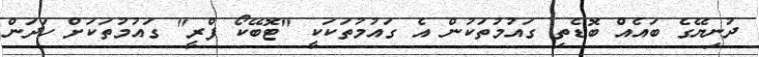
ދުނިޔޭގެ ބައެއް ބޮޑެތި ގައުމުތަކުން އެ ގައުމުތަކަކީ "ޓޮބޭކޯ ފްރީ" ގައުމުތަކަށް ހަދަން